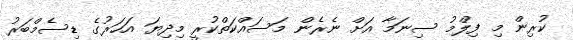
ކުރިން މި ފިލްމު ސިނަމާ އަށް ނެރެން މަސައްކަތްކުރީ މިދިޔަ އަހަރުގެ ޑިސެމްބަރު